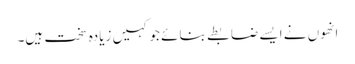
انھوں نے ایسے ضابطے بنائے جو کہیں زیادہ سخت ہیں۔